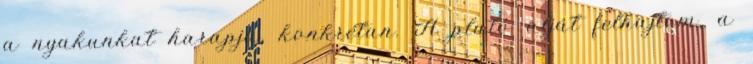
a nyakunkat harapja, konkrétan. A plató alját felhajtom, a